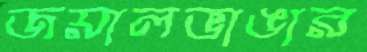
জয়ালভাঙার